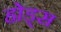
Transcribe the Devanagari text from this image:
ह्रोड्स